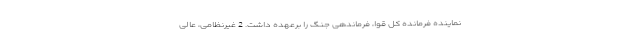
نماینده فرمانده کل قوا، فرماندهی جنگ را برعهده داشت. 2 غیرنظامی، عالی